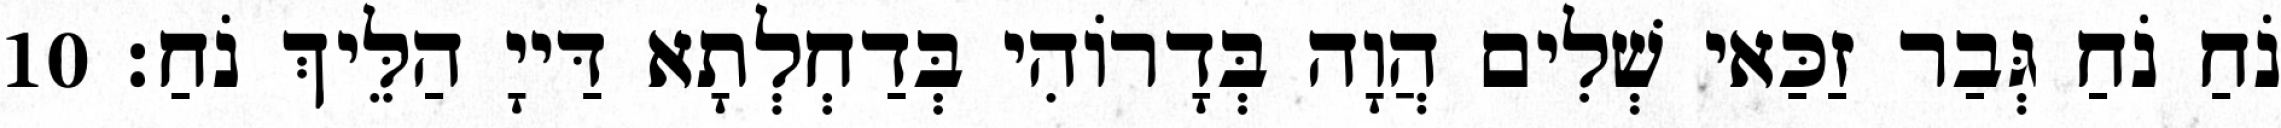
נֹחַ נֹחַ גְּבַר זַכַּאי שְׁלִים הֲוָה בְּדָרוֹהִי בְּדַחְלְתָא דַּייָ הַלֵּיךְ נֹחַ׃ 10